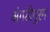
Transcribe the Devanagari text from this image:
अंगडीपुरम